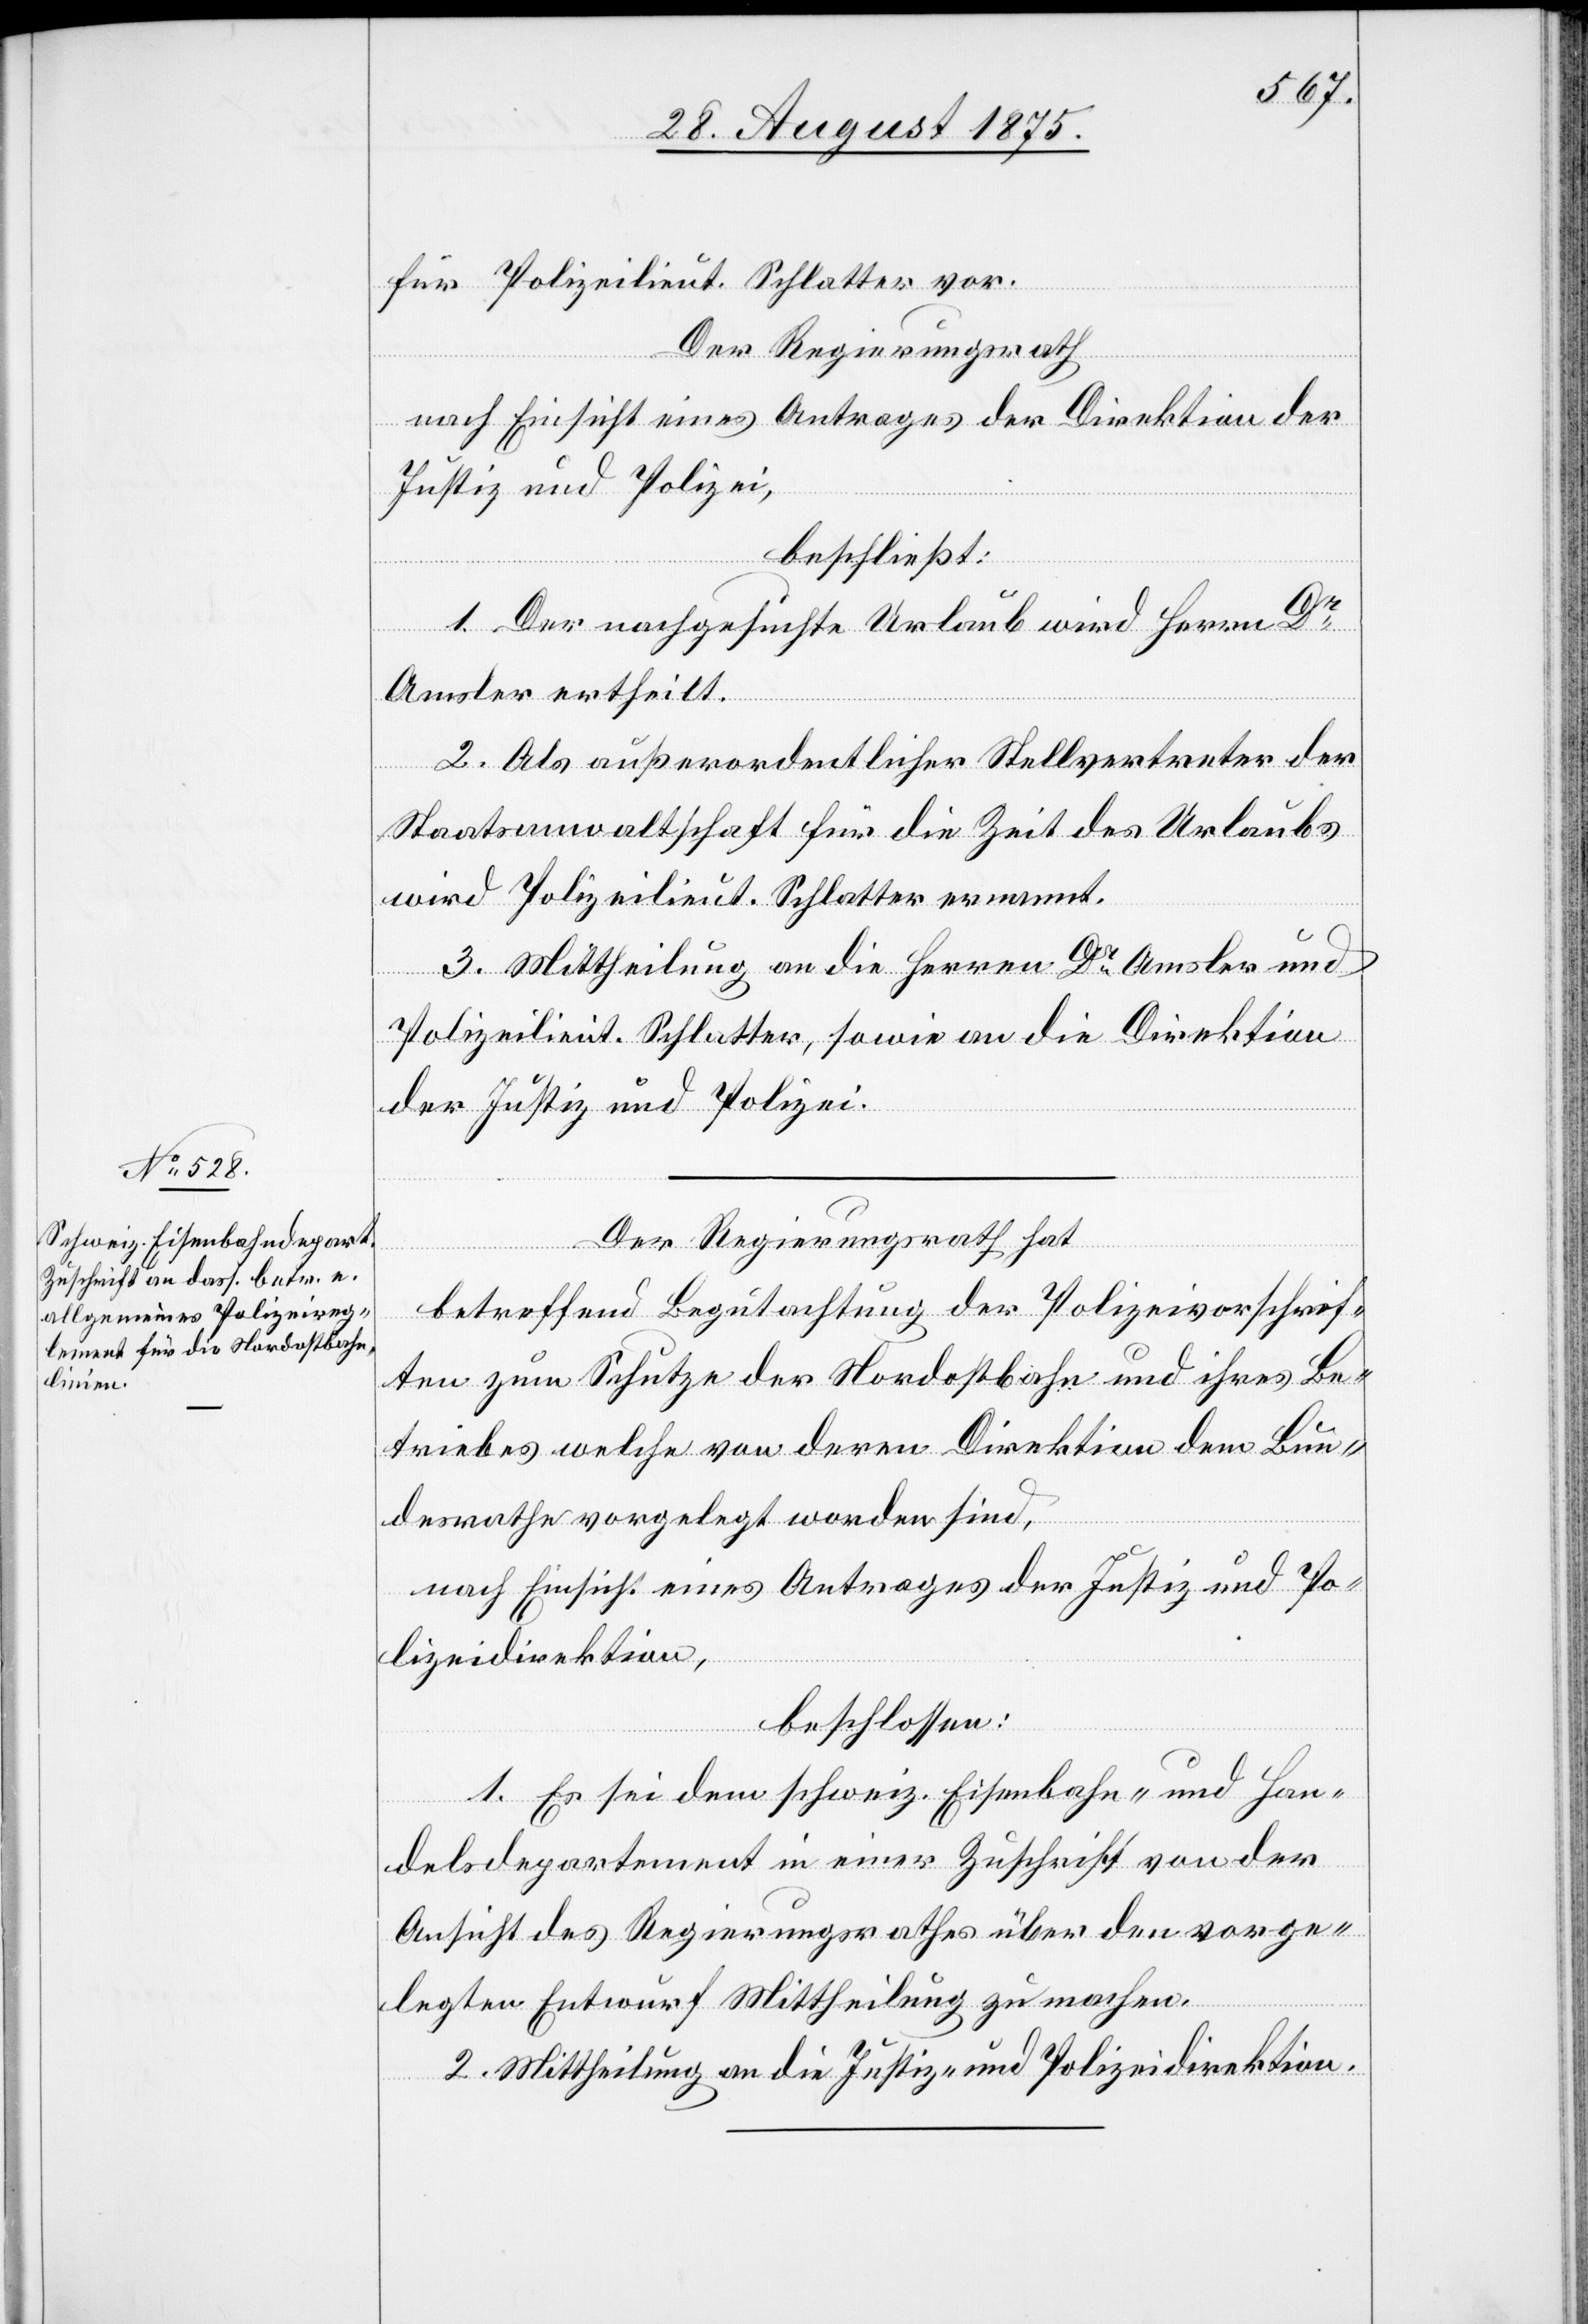
für Polizeilieut. Schlatter vor.
Der Regierungsrath,
nach Einsicht eines Antrages der Direktion der
Justiz und Polizei,
beschließt:
1. Der nachgesuchte Urlaub wird Herrn Dr
Amsler ertheilt.
2. Als außerordentlicher Stellvertreter der
Staatsanwaltschaft für die Zeit des Urlaubs
wird Polizeilieut. Schlatter ernannt.
3. Mittheilung an die Herren Dr Amsler und
Polizeilieut. Schlatter, sowie an die Direktion
der Justiz und Polizei.
Der Regierungsrath hat
betreffend Begutachtung der Polizeivorschrif¬
ten zum Schutze der Nordostbahn und ihres Be¬
triebes welche von deren Direktion dem Bun¬
desrathe vorgelegt worden sind,
nach Einsicht eines Antrages der Justiz- und Po¬
lizeidirektion,
beschlossen:
1. Es sei dem schweiz. Eisenbahn- und Han¬
delsdepartement in einer Zuschrift von der
Ansicht des Regierungsrathes über den vorge¬
legten Entwurf Mittheilung zu machen.
2. Mittheilung an die Justiz- und Polizeidirektion.